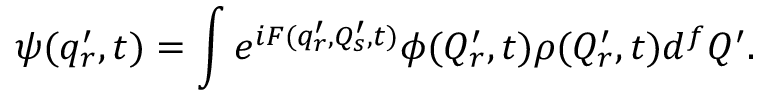
\psi ( q _ { r } ^ { \prime } , t ) = \int e ^ { i F ( q _ { r } ^ { \prime } , Q _ { s } ^ { \prime } , t ) } \phi ( Q _ { r } ^ { \prime } , t ) \rho ( Q _ { r } ^ { \prime } , t ) d ^ { f } Q ^ { \prime } .